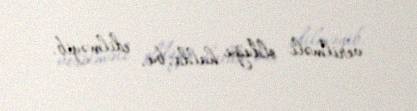
verilməli olduğu halda, bu, edilməyib.